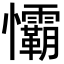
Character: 𭟧